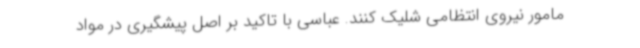
مامور نیروی انتظامی شلیک کنند. عباسی با تاکید بر اصل پیشگیری در مواد